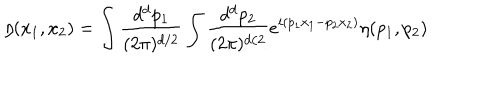
LaTeX: \eta ( x _ { 1 } , x _ { 2 } ) = \int { \frac { d ^ { d } p _ { 1 } } { ( 2 \pi ) ^ { d / 2 } } } \int { \frac { d ^ { d } p _ { 2 } } { ( 2 \pi ) ^ { d / 2 } } } e ^ { i ( p _ { 1 } x _ { 1 } - p _ { 2 } x _ { 2 } ) } \eta ( p _ { 1 } , p _ { 2 } )